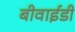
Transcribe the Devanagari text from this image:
बीवाईडी